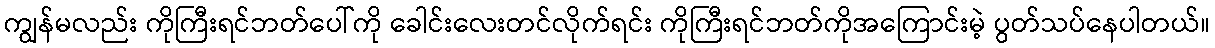
ကျွန်မလည်း ကိုကြီးရင်ဘတ်ပေါ်ကို ခေါင်းလေးတင်လိုက်ရင်း ကိုကြီးရင်ဘတ်ကိုအကြောင်းမဲ့ ပွတ်သပ်နေပါတယ်။